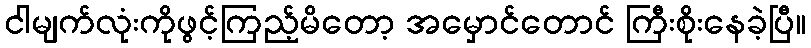
ငါမျက်လုံးကိုဖွင့်ကြည့်မိတော့ အမှောင်တောင် ကြီးစိုးနေခဲ့ပြီ။